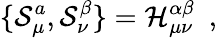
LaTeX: \{ {\cal S}_{\mu}^{a},{\cal S}_{\nu}^{\beta}\} ={\cal H}_{\mu\nu}^{\alpha\beta}\ \ ,